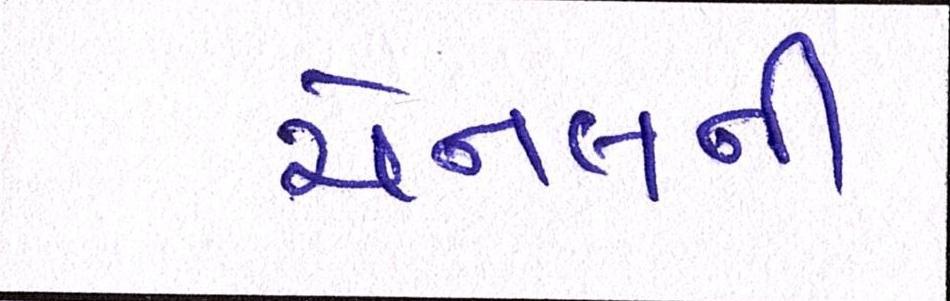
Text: ચેનલની